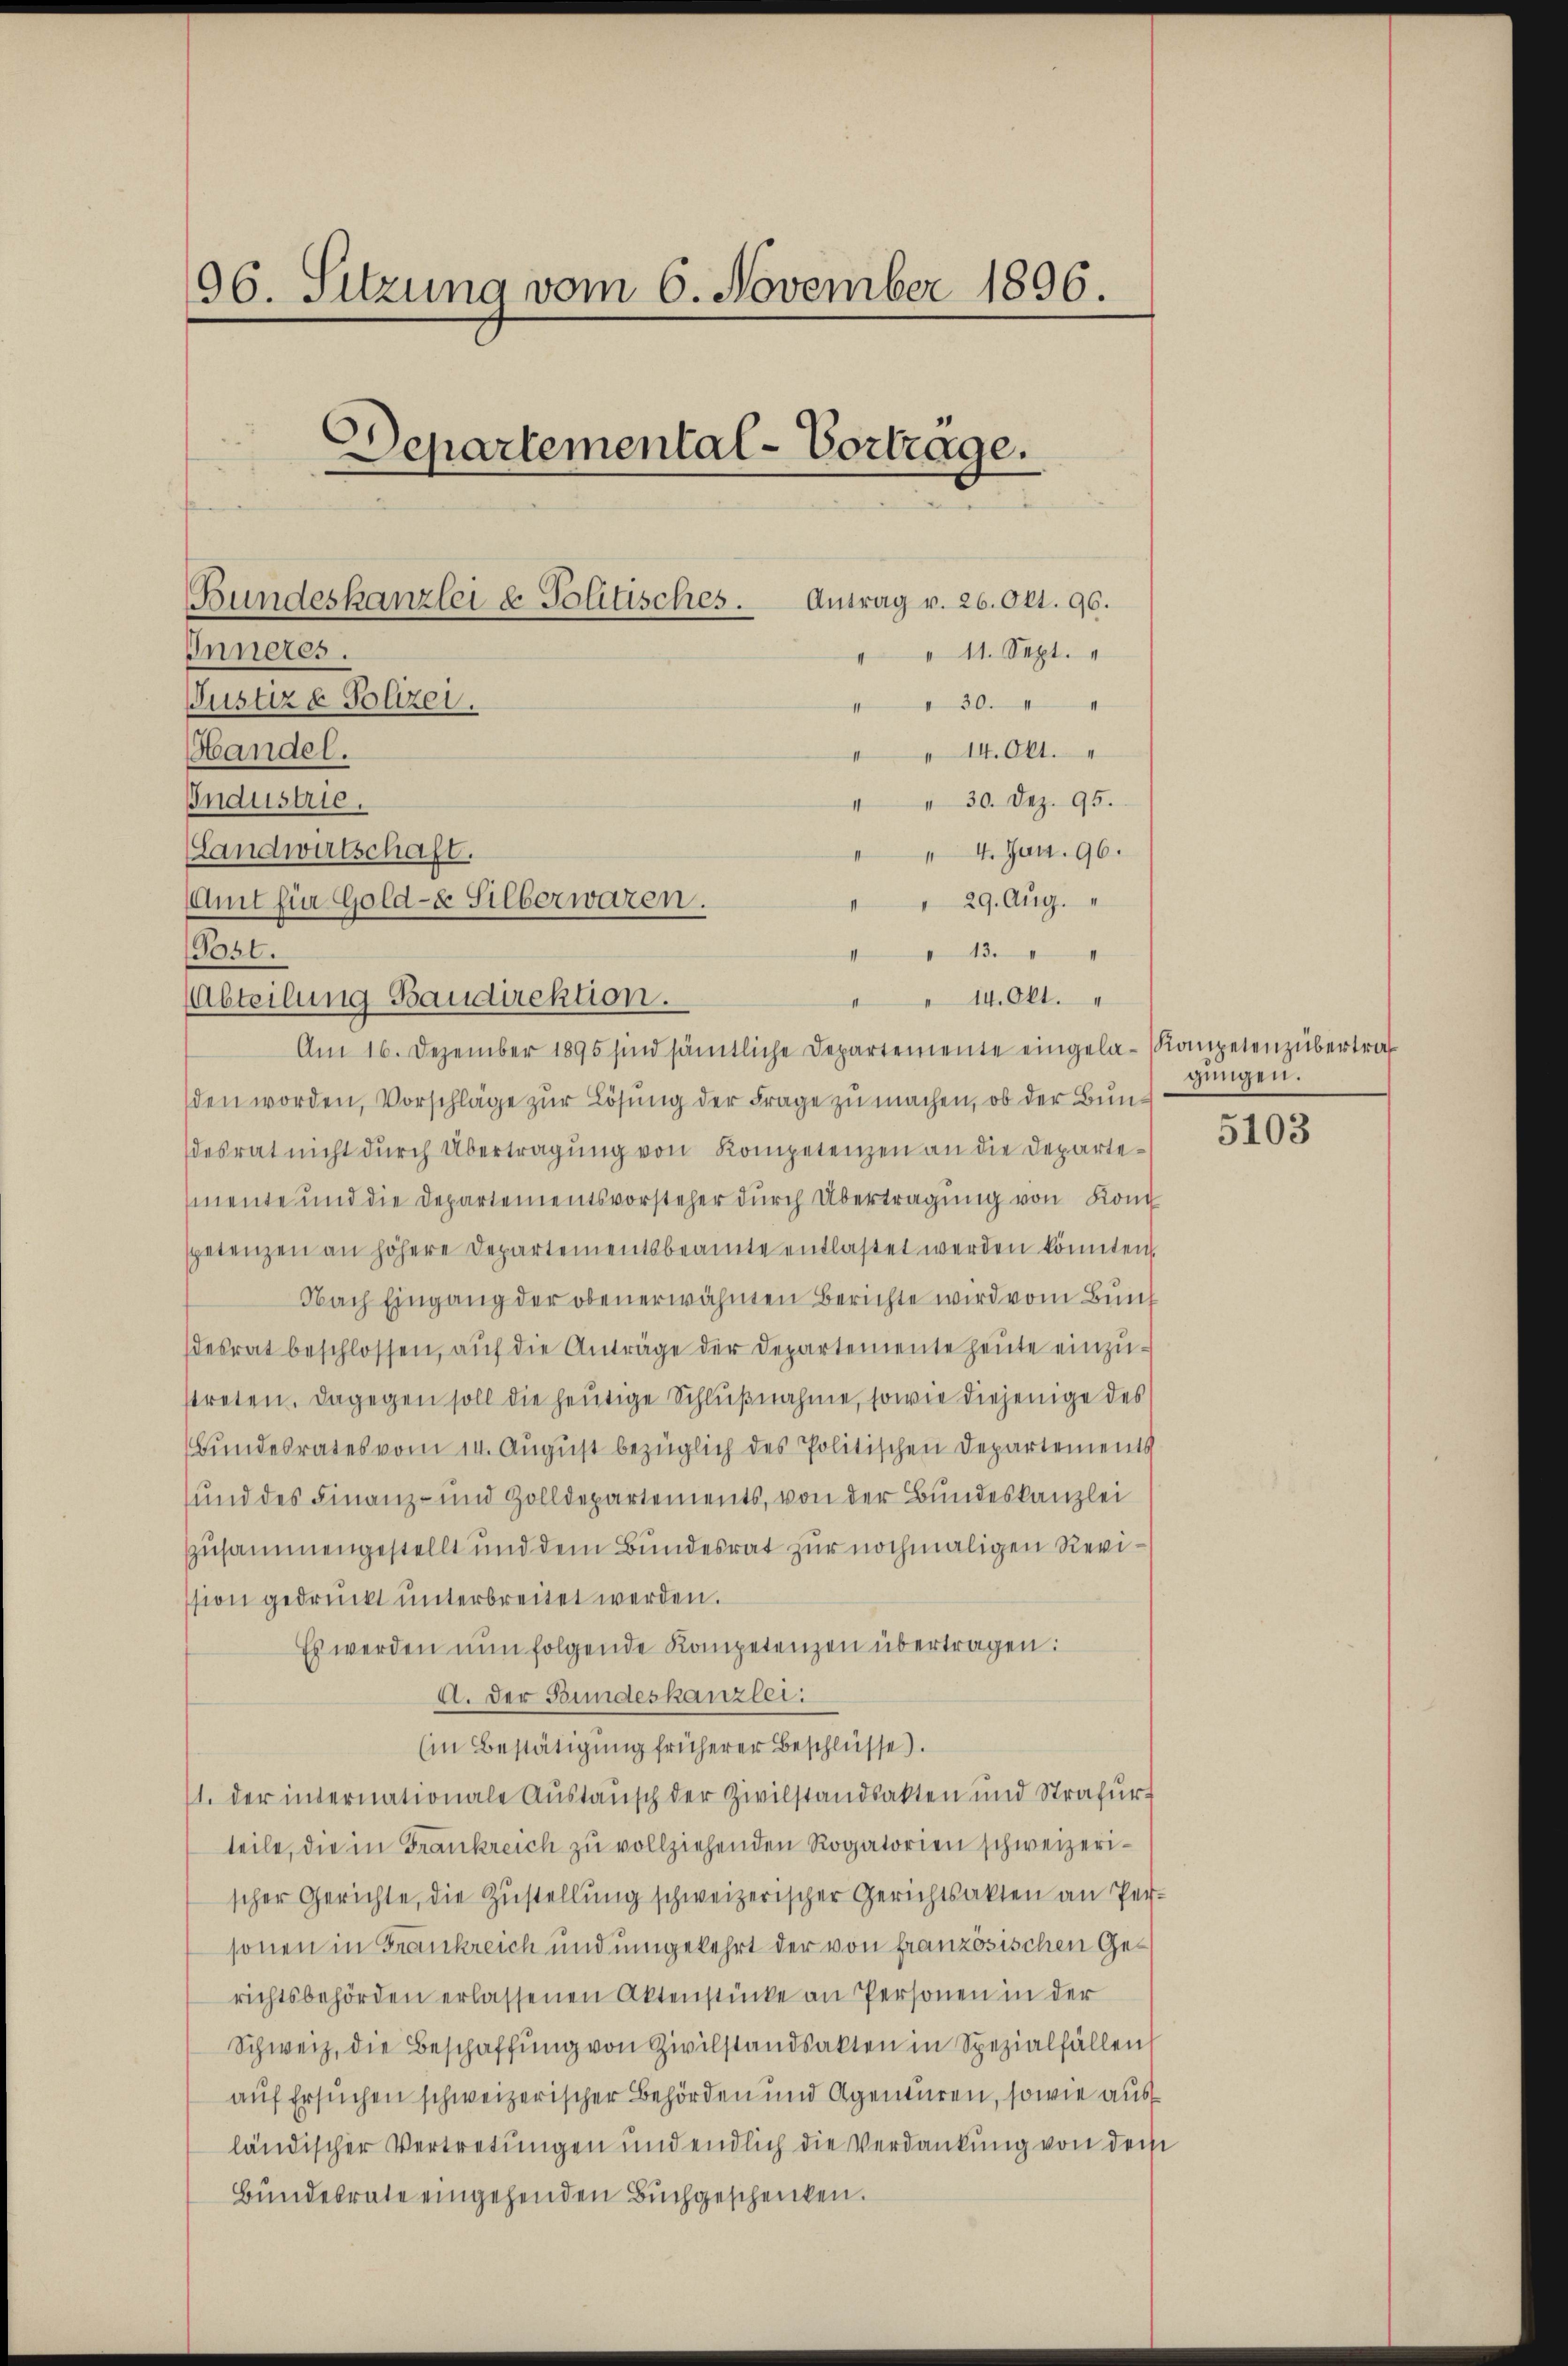
96. Sitzung vom 6. November 1896.
Departemental-Vortrage.
Antrag v. 26. Okt. 96.
Bundeskanzlei & Politisches.
Inneres.
" 11. Sept.
Justiz & Polizei.
430. 4
Handel.
" 14. Okt.
Industrie.
" " 30. Dez. 95.
Landwirtschaft.
 4. Jun. 96.
 29. Aug. 1
Amt für Gold- & Silberwaren.

13.
" " 14. Okt.
Abteilung Baudirektion.
Am 16. Dezember 1895 sind sämtliche Departemente eingela-Kompetenzübertrag
sden worden, Vorschläge zur Lösung der Frage zu machen, ob der Bundesrat nicht durch Übertragung von Kompetenzen an die Departemente und die Departementsvorsteher durch Übertragung von Kon
spetenzen an höhere Departementsbeamte entlastet werden könnten.
Nach Eingang der obenerwähnten Berichte wird vom Bunf
desrat beschlossen, aŭf die Anträge der Departemente heŭte einzustreten. Dagegen soll die heŭtige Schlŭβnahme, sowie diejenige des
Bundesrates vom 14. Aŭgŭst bezüglich des Politischen Departements
und des Finanz- und Zolldepartements, von der Bundeskanzlei
zusammengestellt und dem Bundesrat zur nochmaligen Revission gedruckt unterbreitet werden.
Es werden nun folgende Kompetenzen übertragen:
A. Der Bundeskanzlei:
Ein Bestätigung früherer Beschlüsse).
11. der internationale Austausch der Zivilstandsakten und Strafurt
teile, die in Frankreich zu vollziehenden Rogatorien schweizerischer Gerichte, die Zŭstellŭng schweizerischer Gerichtsakten an Per-
sonen in Frankreich und umgekehrt der von französischen Gerichtsbehörden erlassenen Aktenstücke an Personen in der
Schweiz, die Beschaffŭng von Zivilstandsakten in Spezialfällen
auf Ersuchen schweizerischer Behörden und Agenturen, sowie aus
ländischer Vertretungen und endlich die Verdankung von der
Bundesrate eingehenden Buchgeschenken.

Post.

gungen.

5103